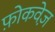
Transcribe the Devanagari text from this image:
फ़ोकवेज़